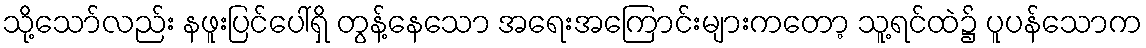
သို့သော်လည်း နဖူးပြင်ပေါ်ရှိ တွန့်နေသော အရေးအကြောင်းများကတော့ သူ့ရင်ထဲ၌ ပူပန်သောက